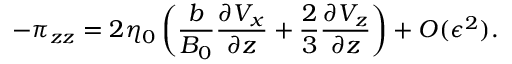
- \pi _ { z z } = 2 \eta _ { 0 } \left( \frac { b } { B _ { 0 } } \frac { \partial V _ { x } } { \partial z } + \frac { 2 } { 3 } \frac { \partial V _ { z } } { \partial z } \right) + O ( \epsilon ^ { 2 } ) .